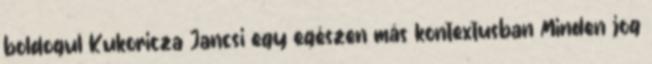
boldogul Kukoricza Jancsi egy egészen más kontextusban Minden jog